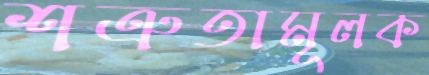
শত্রুতামূলক